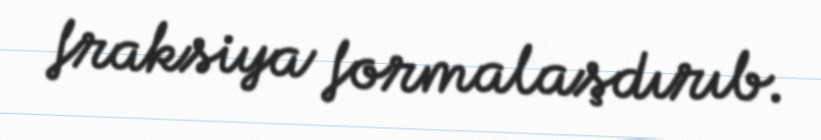
fraksiya formalaşdırıb.